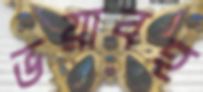
ভয়াবহ